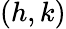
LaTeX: (h,k)